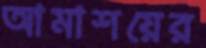
আমাশয়ের